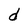
Character: d